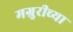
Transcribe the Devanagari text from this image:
मग्रुरीच्या